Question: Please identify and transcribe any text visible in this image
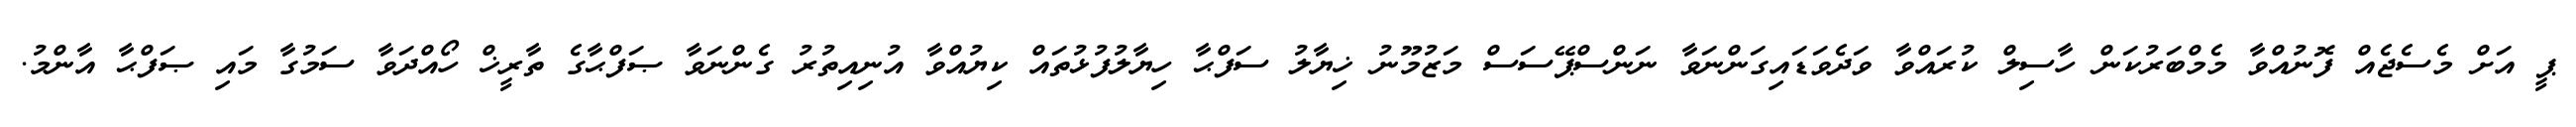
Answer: ޕީ އަށް މެސެޖެއް ފޮނުއްވާ މެމްބަރުކަން ހާސިލް ކުރައްވާ ވަދެވަޑައިގަންނަވާ ނަންސްޕޭސަސް މަޒުމޫނު ޚިޔާލު ސަފްޙާ ހިޔާލުފުޅުތައް ކިޔުއްވާ އުނިއިތުރު ގެންނަވާ ޞަފްޙާގެ ތާރީޚް ހޯއްދަވާ ސަމުގާ މައި ޞަފްޙާ އާންމު.